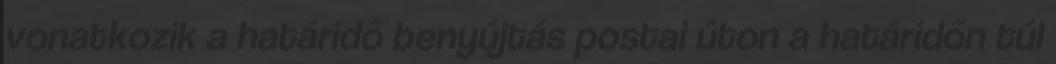
vonatkozik a határidő benyújtás postai úton a határidőn túl